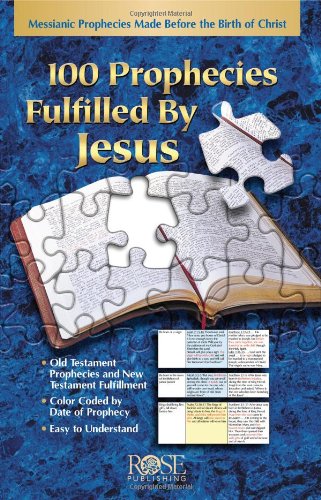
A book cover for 100 Prophecies Fulfilled by Jesus: Messianic Prohpecies Made Before the Birth of Christ Pamphlet; Rose Publishing; Christian Books & Bibles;